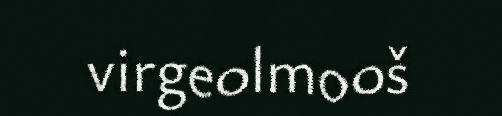
virgeolmooš